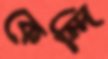
কেন্দি